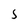
Character: 5